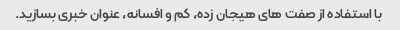
با استفاده از صفت های هیجان زده، کم و افسانه، عنوان خبری بسازید.